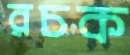
রচক